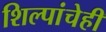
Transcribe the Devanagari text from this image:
शिल्पांचेही